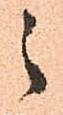
之